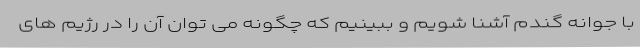
با جوانه گندم آشنا شویم و ببینیم که چگونه می توان آن را در رژیم های